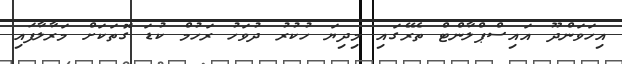
އިހަވަންދޫ އައިސްޕްލާންޓް ތެރޭގައި މިދިޔަ ހުކުރު ދުވަހު ރަހުމް ކުޑަ ގޮތަކަށް މަރާލާފައި